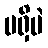
မရှိပဲ